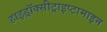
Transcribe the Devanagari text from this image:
हाइड्रॉक्सीट्राइप्टामाइन